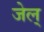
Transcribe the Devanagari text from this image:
जेल्